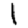
Digit: 1